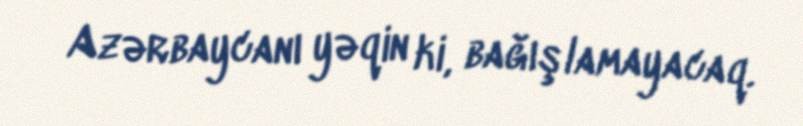
Azərbaycanı yəqin ki, bağışlamayacaq.